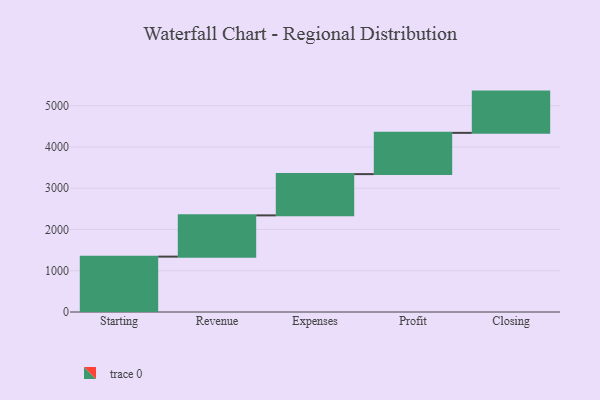
{"axis": {"x": "Step", "y": "Value"}, "legend": [""], "data": [{"x": "Starting", "y": 1342.0, "type": ""}, {"x": "Revenue", "y": 1000, "type": ""}, {"x": "Expenses", "y": 1000, "type": ""}, {"x": "Profit", "y": 1000, "type": ""}, {"x": "Closing", "y": 1000, "type": ""}]}